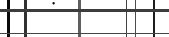
٥٤